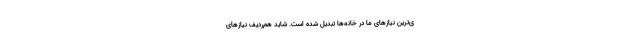
ی‌ترین نیازهای ما در خانه‌ها تبدیل شده است. شاید هم‌ردیف نیازهای